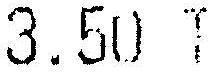
3.50 T